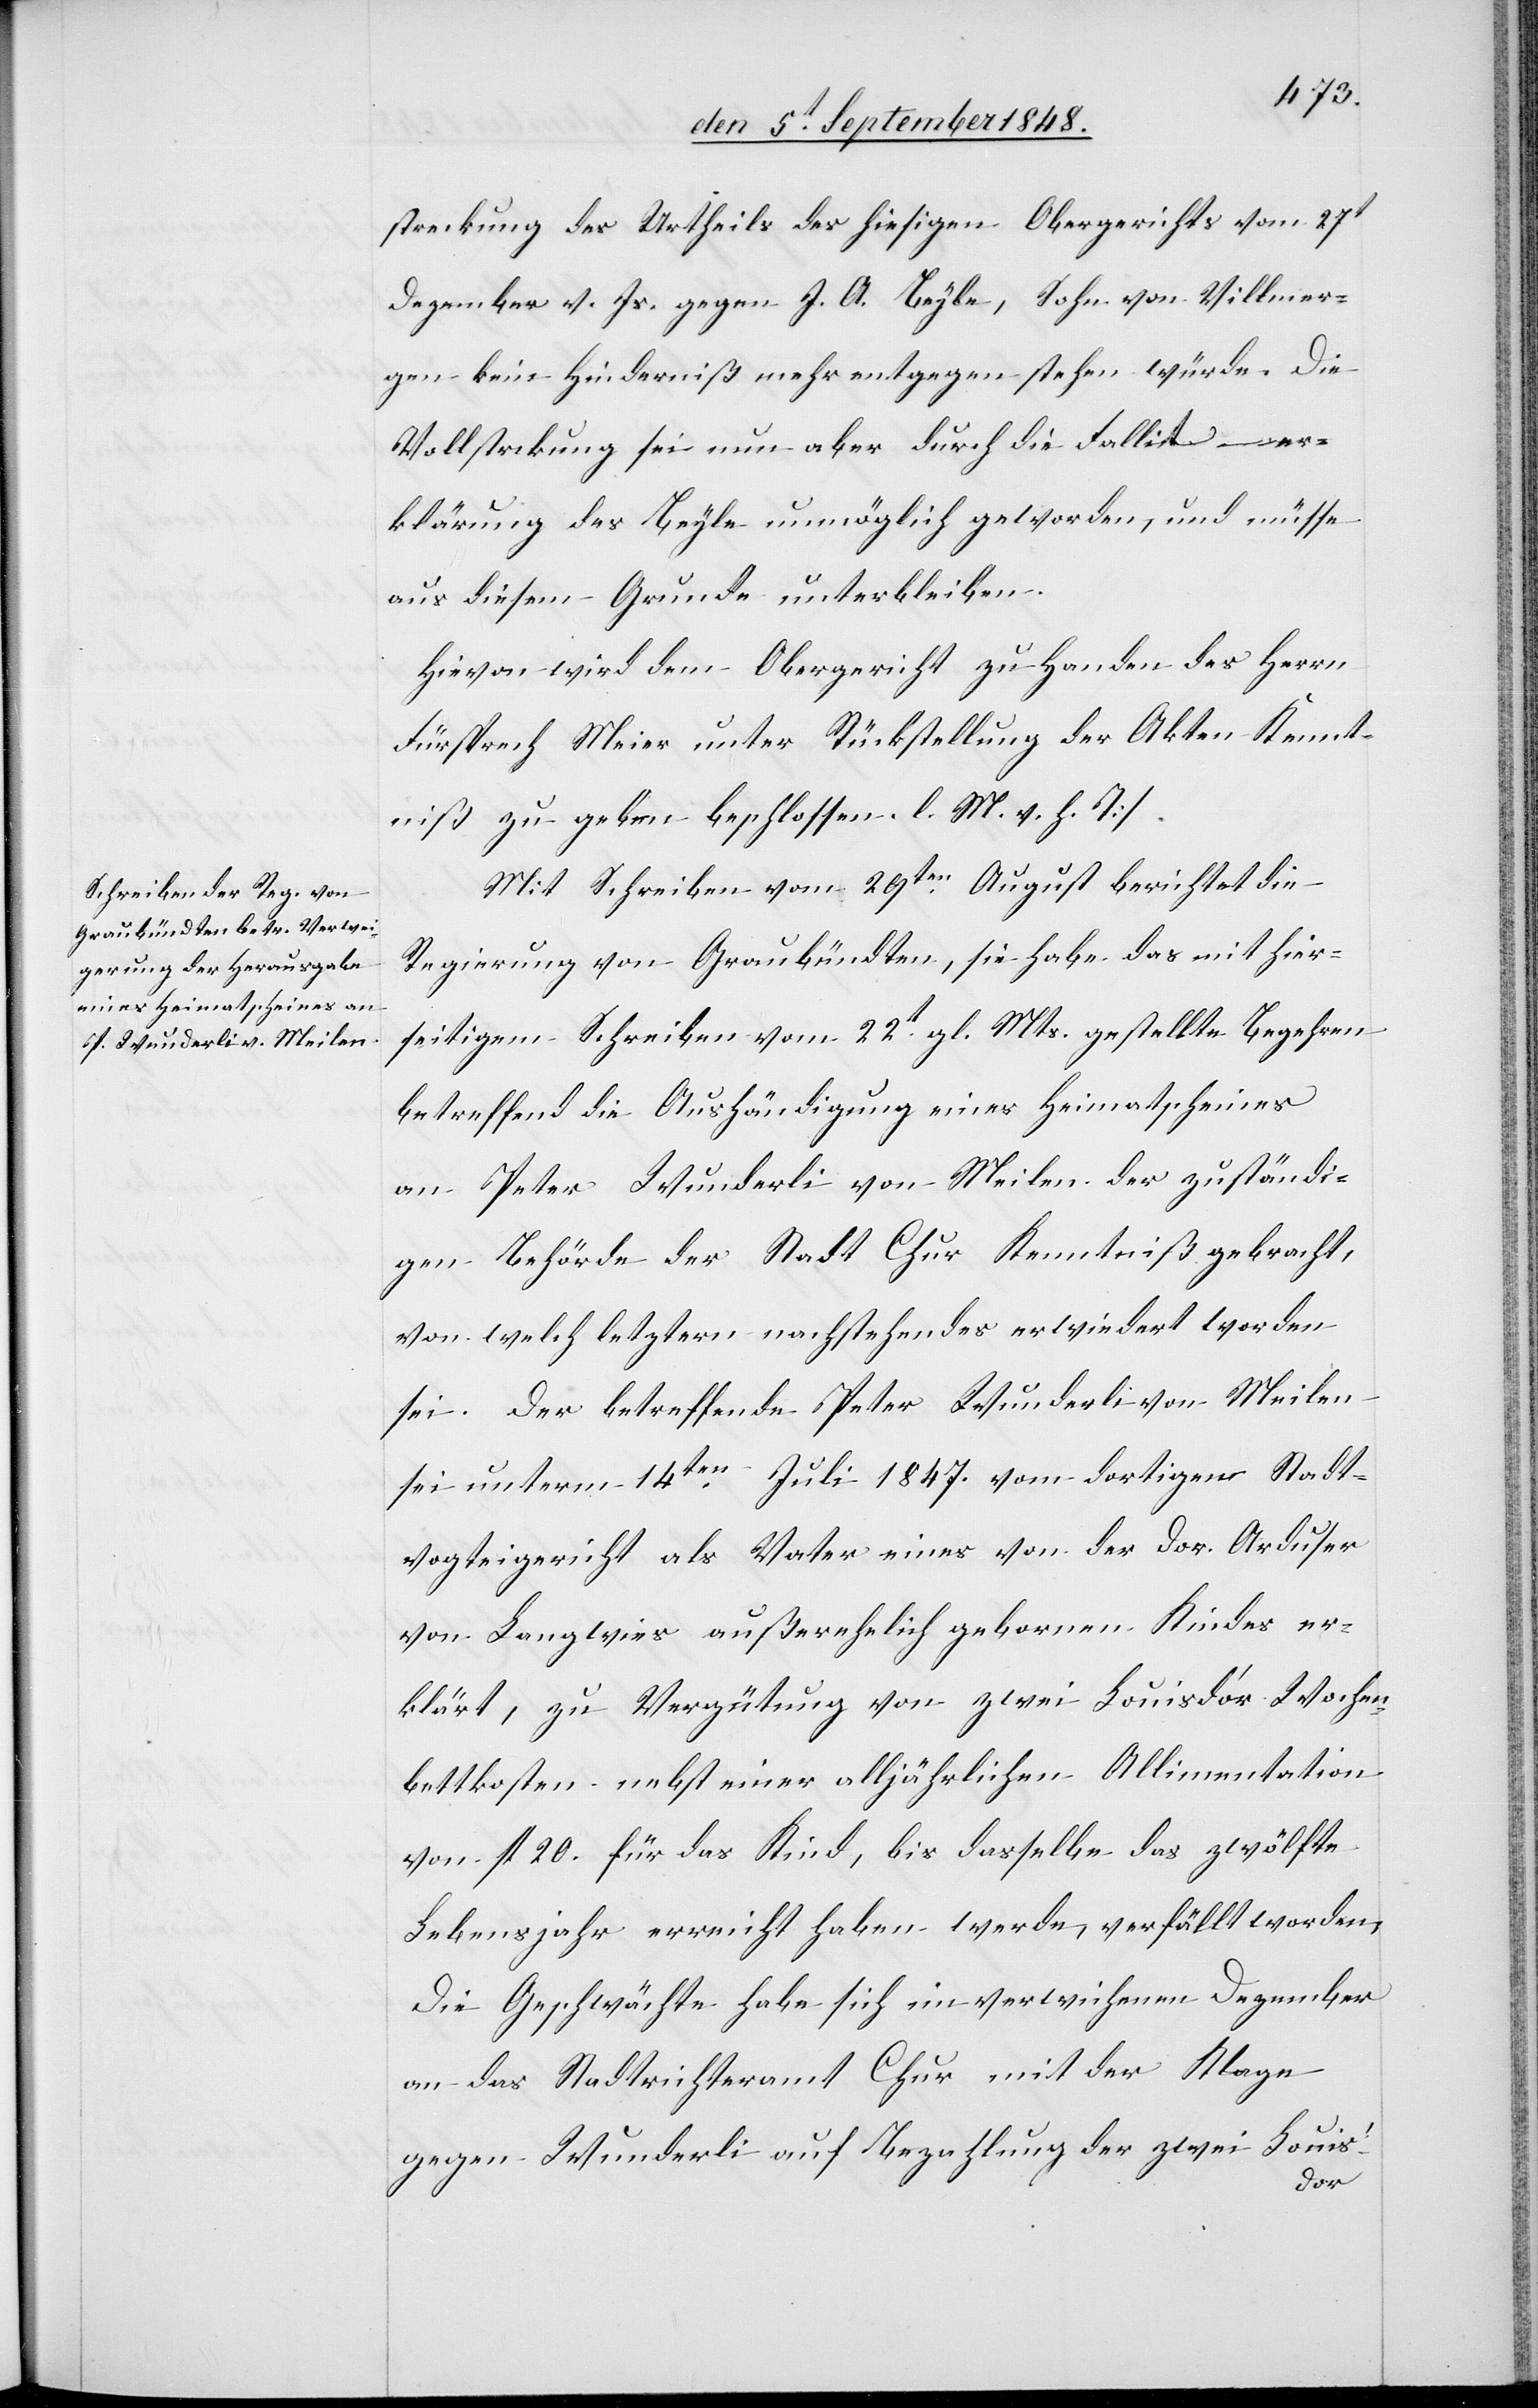
streckung des Urtheils des hiesigen Obergerichts vom 27t
Dezember v. Js. gegen J. A. Beyle, Sohn von Villmer¬
gen kein Hinderniß mehr entgegen stehen würde. Die
Vollstreckung sei nun aber durch die Falliter¬
klärung des Beyle unmöglich geworden, und müsse
aus diesem Grunde unterbleiben.
Hievon wird dem Obergericht zu Handen des Herrn
Fürsprech Meier unter Rückstellung der Akten Kennt¬
niß zu geben beschlossen. []l. M. v. h. T]
Mit Schreiben vom 29ten August berichtet die
Regierung von Graubündten, sie habe das mit hier¬
seitigem Schreiben vom 22t gl. Mts. gestellte Begehren
betreffend die Aushändigung eines Heimatscheines
an Peter Wunderli von Meilen als zuständi¬
gen Behörde der Stadt Chur Kenntniß gebracht,
von welch letztern nachstehendes erwiedert worden
sei. Der betreffende Peter Wunderli von Meilen
sei unterm 14ten Juli 1847. vom dortigen Stadt¬
vogteigericht als Vater eines von der Dor. Arduser
von Langwies außerehelich gebornen Kindes er¬
klärt, zu Vergütung von zwei Louisd’or Wochen¬
bettkosten nebst einer alljährlichen Allimentation
von fl. 20. für das Kind, bis dasselbe das zwölfte
Lebensjahr erreicht haben werde, verfällt worden.
Die Geschwächte habe sich im verwichenen Dezember
an das Stadtrichteramt Chur mit der Klage
gegen Wunderli auf Bezahlung der zwei Louis’